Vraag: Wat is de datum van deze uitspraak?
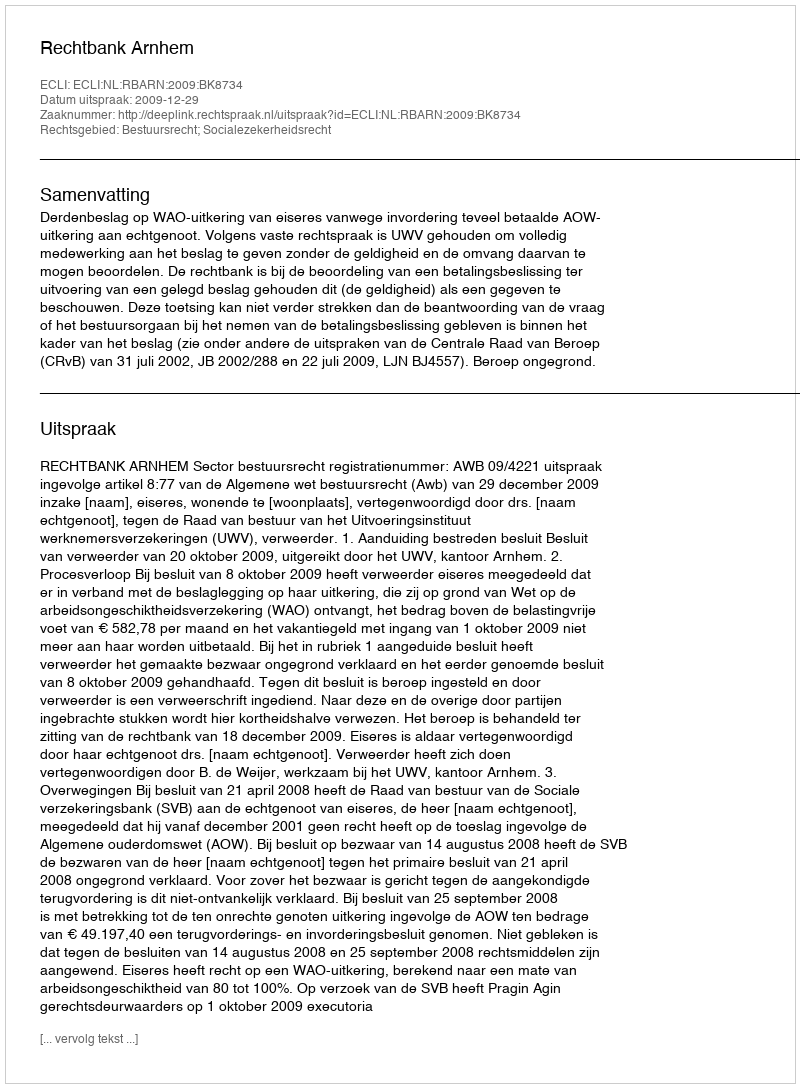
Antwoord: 2009-12-29